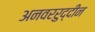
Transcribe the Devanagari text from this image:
अनवररुद्दीन